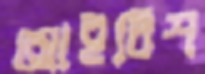
আইরিশ